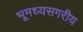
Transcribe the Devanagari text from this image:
भूमध्यसगरीय